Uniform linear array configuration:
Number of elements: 16
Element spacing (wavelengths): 0.75
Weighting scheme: kaiser
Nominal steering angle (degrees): -30
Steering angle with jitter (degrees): -30.871
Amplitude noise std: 0.05
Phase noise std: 0.05

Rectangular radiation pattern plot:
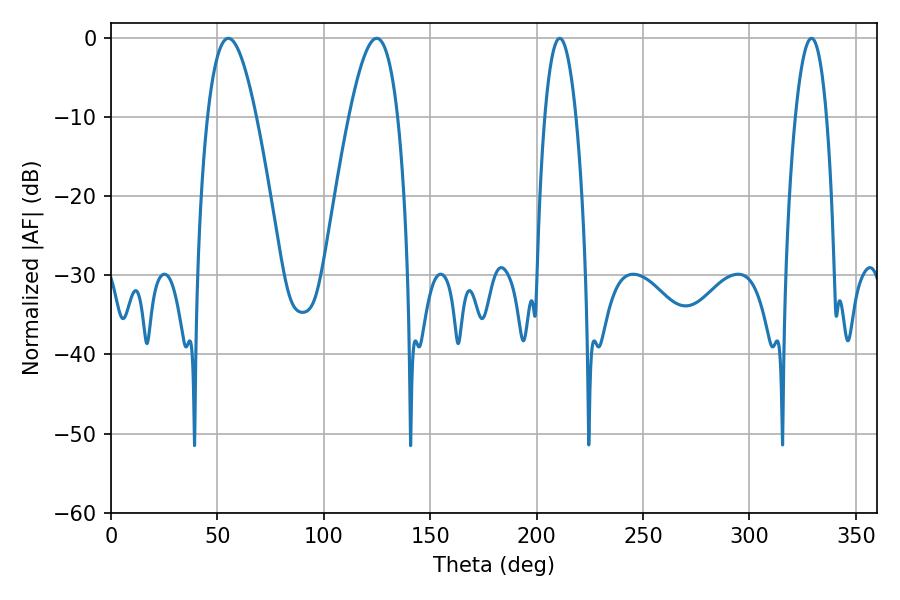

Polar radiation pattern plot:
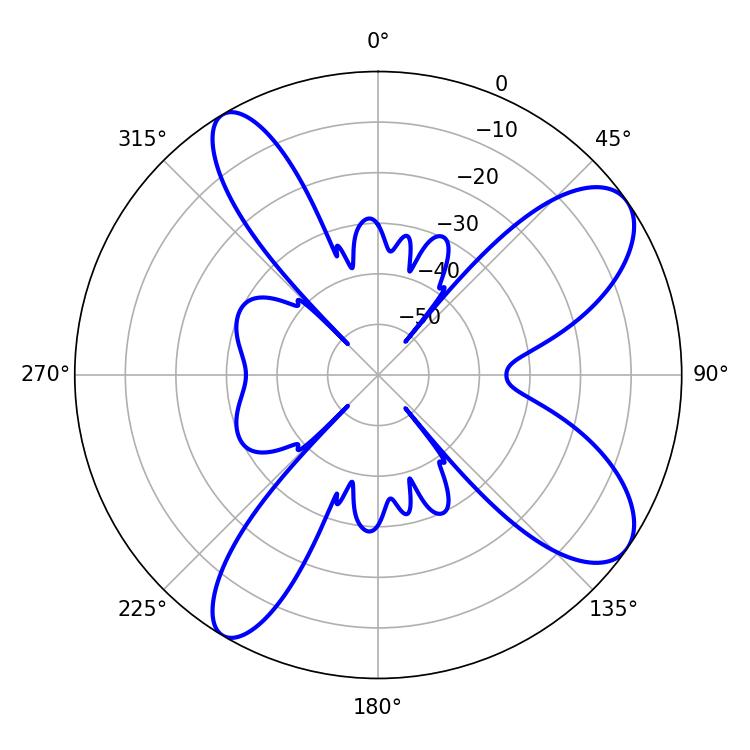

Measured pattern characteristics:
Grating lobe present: TRUE
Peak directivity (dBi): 9.352
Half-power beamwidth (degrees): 12.42
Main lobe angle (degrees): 55.08